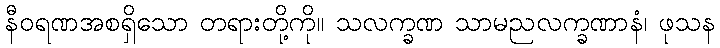
နီဝရဏအစရှိသော တရားတို့ကို။ သလက္ခဏ သာမညလက္ခဏာနံ၊ ဖုသန